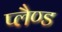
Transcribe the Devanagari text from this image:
प्लैण्ड